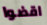
اقضوا